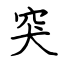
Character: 突